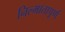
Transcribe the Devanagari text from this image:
निल्मातापूर्ण